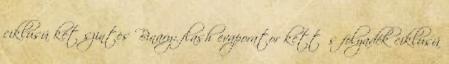
ciklusú két szintes Binary: flash evaporator kettős folyadék ciklusú